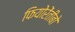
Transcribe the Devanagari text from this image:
फियोरेंतीबो